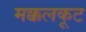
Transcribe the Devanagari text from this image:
मक्कलकूट